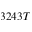
3 2 4 3 T